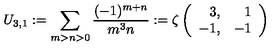
U _ { 3 , 1 } : = \sum _ { m > n > 0 } \frac { ( - 1 ) ^ { m + n } } { m ^ { 3 } n } : = \zeta \left( \begin{array} { r r } { 3 , } & { 1 } \\ { - 1 , } & { - 1 } \\ \end{array} \right)